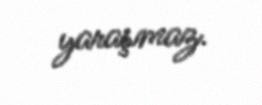
yaraşmaz.